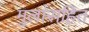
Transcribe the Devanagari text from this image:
मुलांसहित